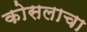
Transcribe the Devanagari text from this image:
कोसलाचा